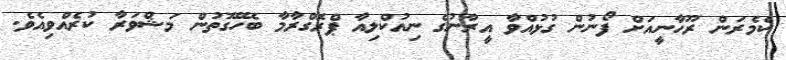
ކެމެރަން ރޫހާނީއަށް ފޯނުން ގުޅުއްވާ އީރާނުގެ ނިއުކްލިއާ ޕްރޮގްރާމާ ބެހޭގޮތުން މަޝްވަރާ ކުރެއްވިއެވެ.